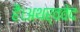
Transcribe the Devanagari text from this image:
है।अथर्ववेद